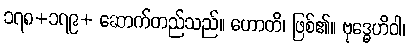
၁၇၈+၁၇၉+ ဆောက်တည်သည်။ ဟောတိ၊ ဖြစ်၏။ ဗုဒ္ဓေဟိဝါ၊